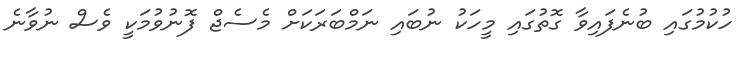
ހުކުމުގައި ބުނެފައިވާ ގޮތުގައި މީހަކު ނުބައި ނަމްބަރަކަށް މެސެޖް ފޮނުވުމަކީ ވެސް ނުވާނެ